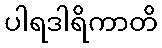
ပါရဒါရိကာတိ